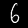
Label: 6